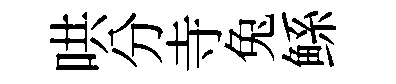
哄分寺兔鲧